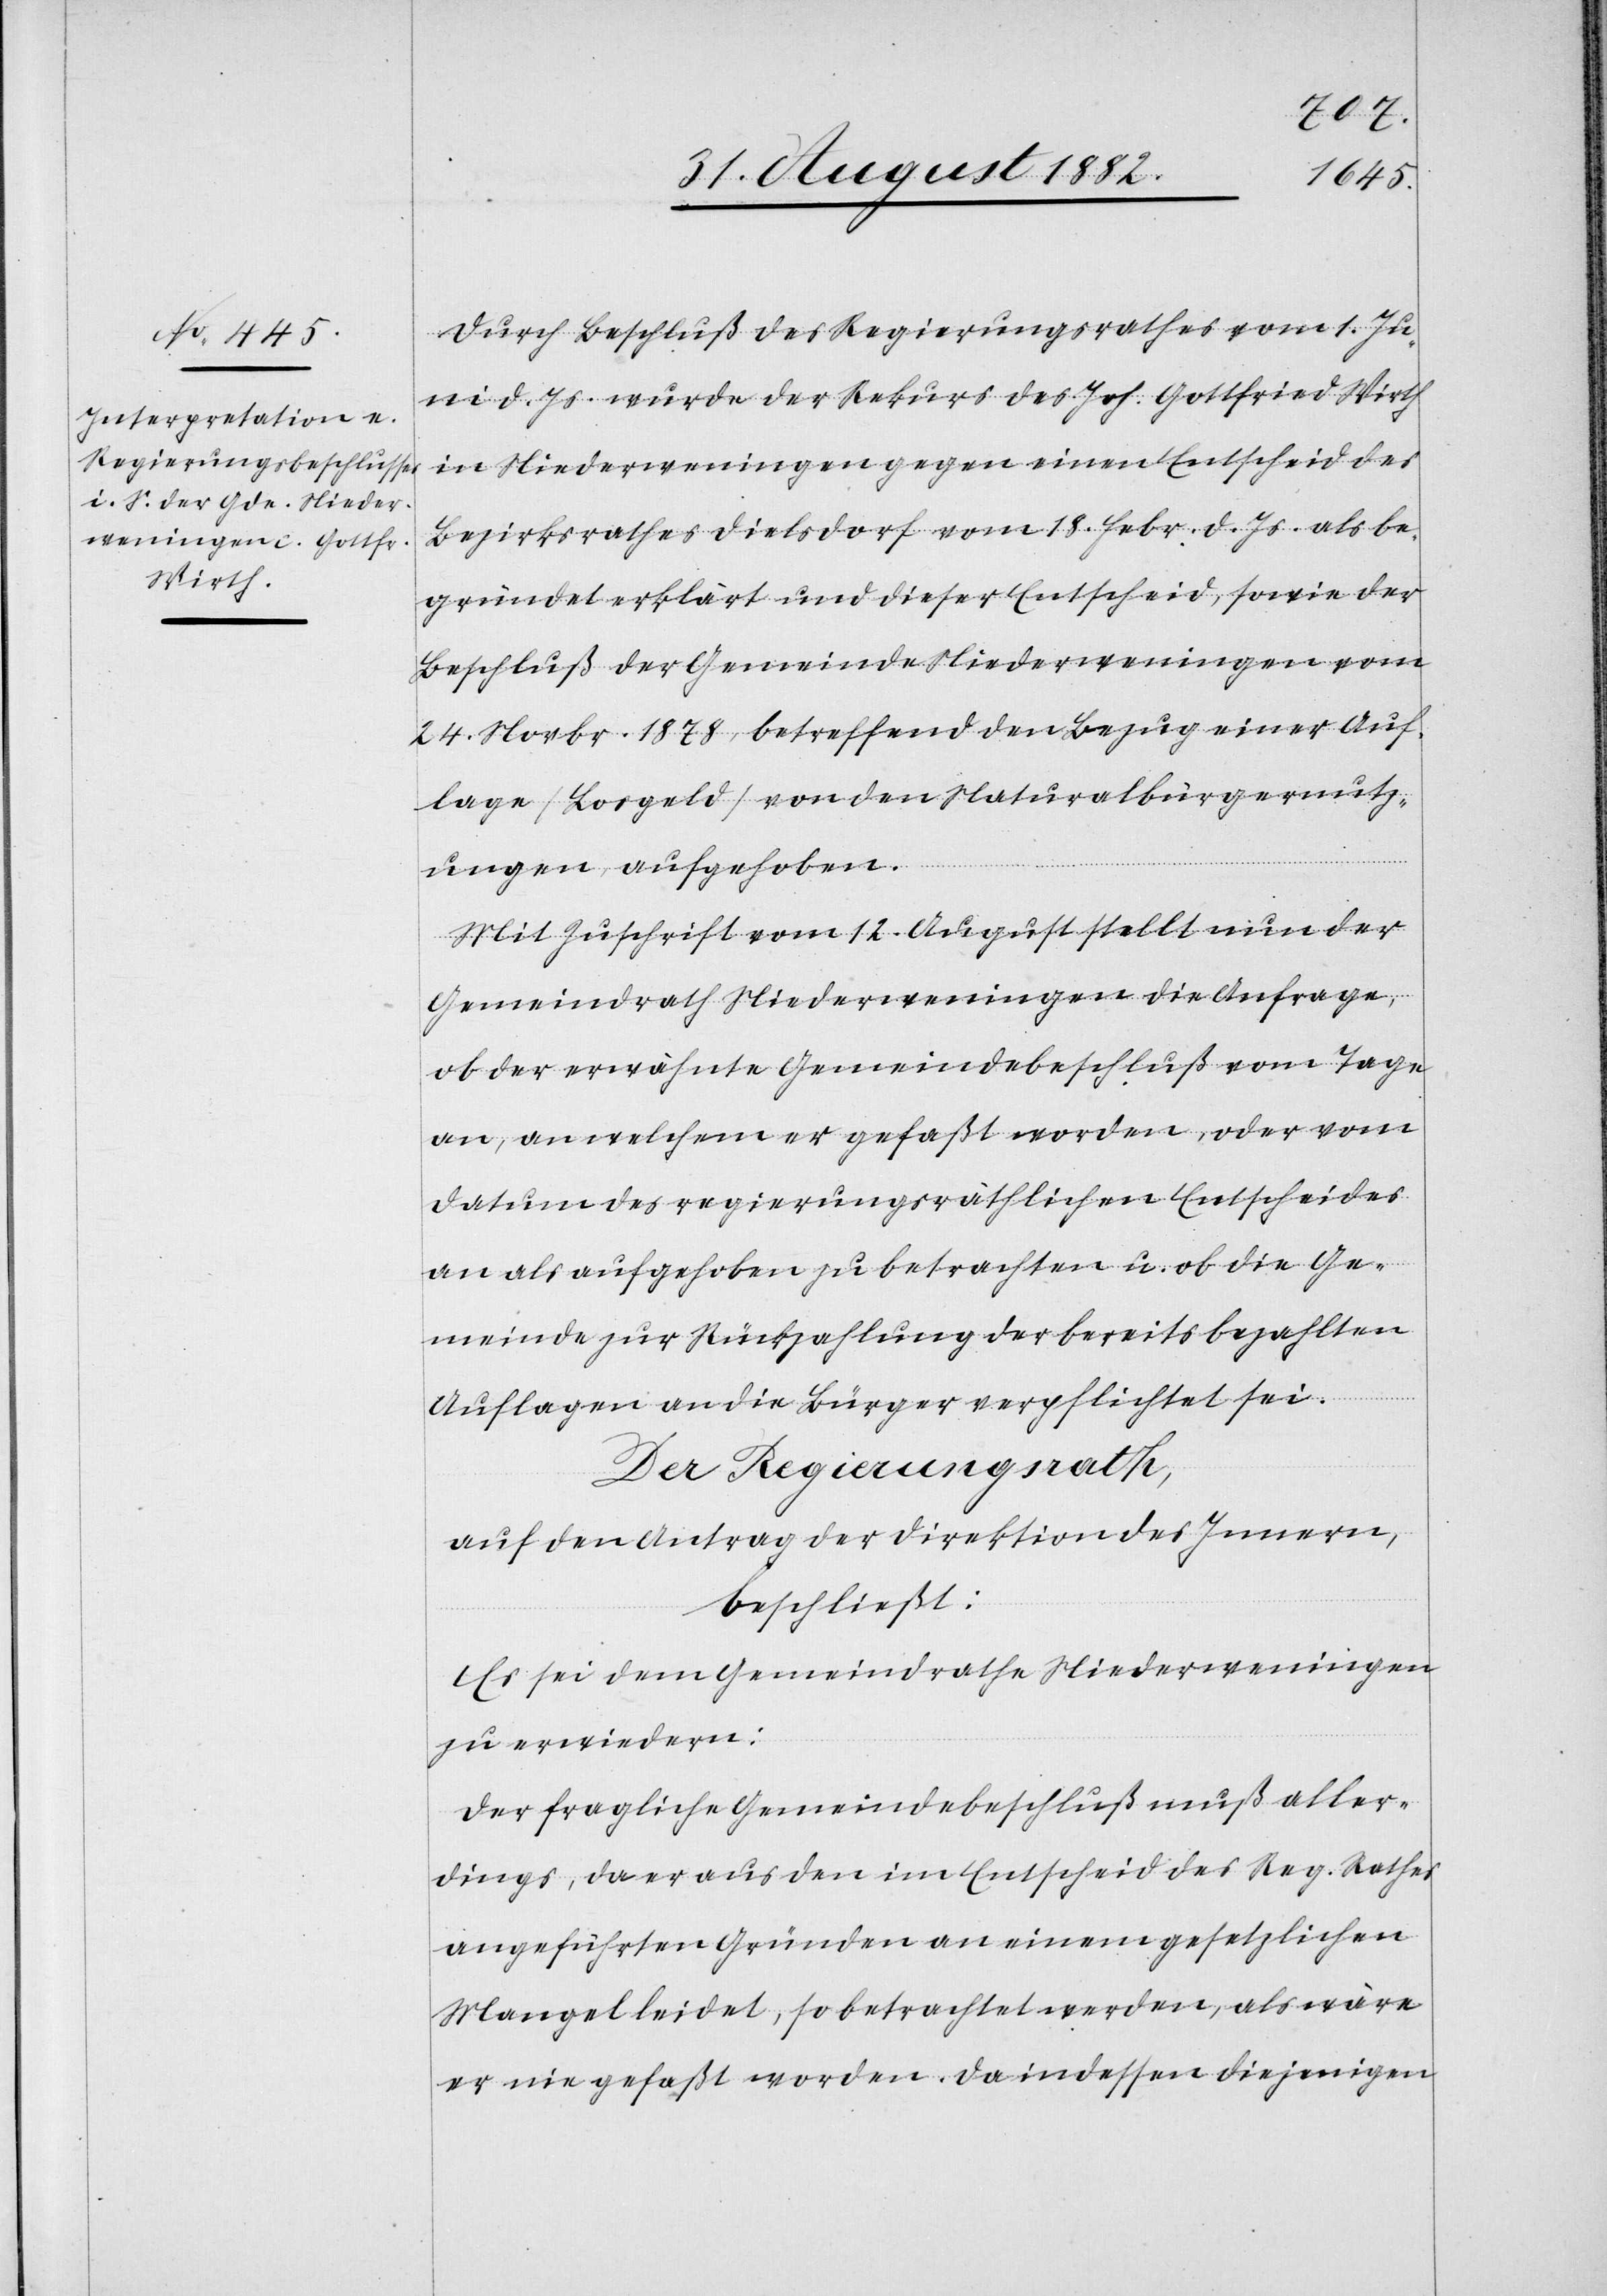
Durch Beschluß des Regierungsrathes vom 1. Ju¬
ni d. Js. wurde der Rekurs des Joh. Gottfried Wirth
in Niederweningen gegen einen Entscheid des
Bezirksrathes Dielsdorf vom 18. Febr. d. Js. als be¬
gründet erklärt und dieser Entscheid, sowie der
Beschluß der Gemeinde Niederweningen vom
24. Novbr. 1878, betreffend den Bezug einer Auf¬
lage (Losgeld) von den Naturalbürgernutz¬
ungen, aufgehoben.
Mit Zuschrift vom 12. August stellt nun der
Gemeindrath Niederweningen die Anfrage,
ob der erwähnte Gemeindebeschluß vom Tage
an, an welchem er gefaßt worden, oder vom
Datum des regierungsräthlichen Entscheides
an als aufgehoben zu betrachten u. ob die Ge¬
meinde zur Rückzahlung der bereits bezahlten
Auflagen an die Bürger verpflichtet sei.
Der Regierungsrath,
auf den Antrag der Direktion des Innern,
beschließt:
Es sei dem Gemeindrathe Niederweningen
zu erwiedern:
Der fragliche Gemeindebeschluß muß aller¬
dings, da er aus den im Entscheid des Reg. Rathes
angeführten Gründen an einem gesetzlichen
Mangel leidet, so betrachtet werden, als wäre
er nie gefaßt worden. Da indessen diejenigen